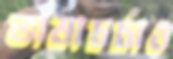
ভাষাচর্চাও